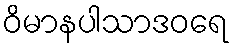
ဝိမာနပါသာဒဝရေ